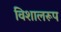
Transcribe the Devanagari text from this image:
विशालरूप